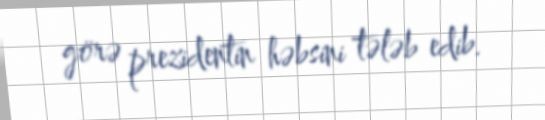
görə prezidentin həbsini tələb edib.